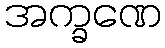
အက္ခဏေ